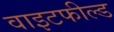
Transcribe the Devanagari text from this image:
वाइटफील्ड